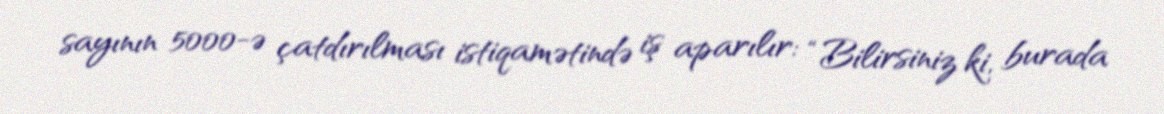
sayının 5000-ə çatdırılması istiqamətində iş aparılır: “Bilirsiniz ki, burada